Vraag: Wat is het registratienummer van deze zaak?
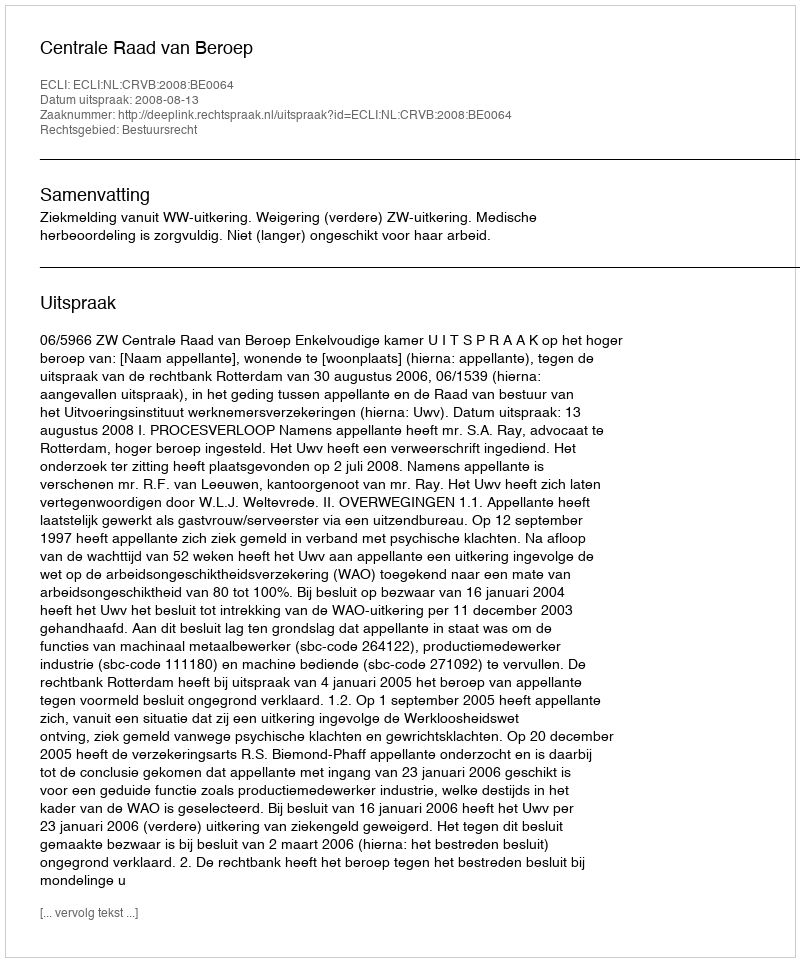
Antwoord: http://deeplink.rechtspraak.nl/uitspraak?id=ECLI:NL:CRVB:2008:BE0064